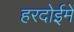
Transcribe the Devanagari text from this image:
हरदोईमें